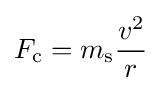
F_{\text{c}}=m_{\text{s}}{\frac {v^{2}}{r}}